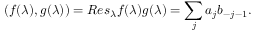
( f ( \lambda ) , g ( \lambda ) ) = R e s _ { \lambda } f ( \lambda ) g ( \lambda ) = \sum _ { j } a _ { j } b _ { - j - 1 } .